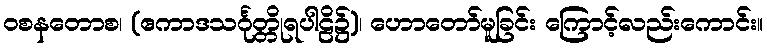
ဝစနတောစ၊ (ဧကာဒသင်္ဂုတ္တိုရပါဠိ၌)၊ ဟောတော်မူခြင်း ကြောင့်လည်းကောင်း။